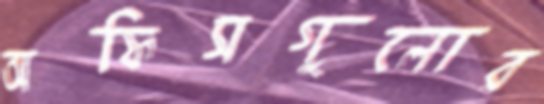
অফিসগুলোর